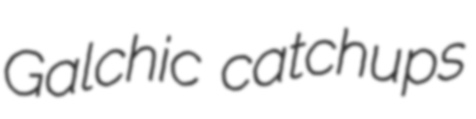
Galchic catchups